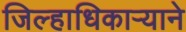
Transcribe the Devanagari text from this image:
जिल्हाधिकाऱ्याने